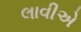
લાવીએ